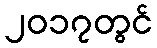
၂၀၁၇တွင်